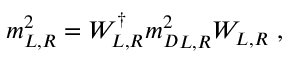
{ m } _ { L , R } ^ { 2 } = W _ { L , R } ^ { \dagger } { { m } _ { D } ^ { 2 } } _ { L , R } W _ { L , R } \ ,